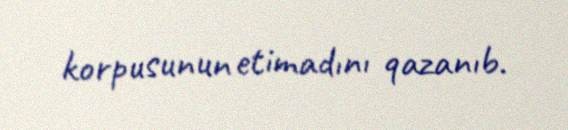
korpusunun etimadını qazanıb.